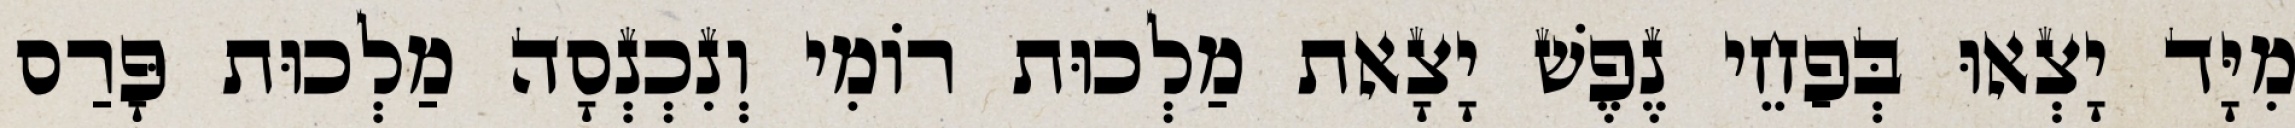
מִיָּד יָצְאוּ בְּפַחֵי נֶפֶשׁ יָצָאת מַלְכוּת רוֹמִי וְנִכְנְסָה מַלְכוּת פָּרַס